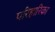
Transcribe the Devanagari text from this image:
परिहारिका